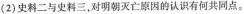
(2)史料二与史料三,对明朝灭亡原因的认识有何共同点。